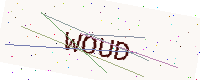
Text: WOUD